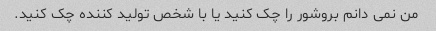
من نمی دانم بروشور را چک کنید یا با شخص تولید کننده چک کنید.